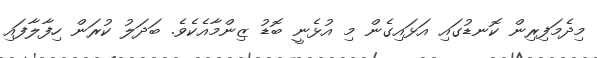
މިދެމަފިރިން ކޮނޑުގައި އަޅައިގެން މި އުޅެނީ ބޮޑު ޒިންމާއެކެވެ. ބަދަލު ކުރަން ހިފާލާފައި